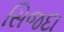
સિજદા